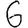
Digit: 6